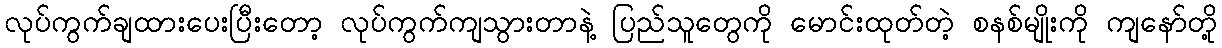
လုပ်ကွက်ချထားပေးပြီးတော့ လုပ်ကွက်ကျသွားတာနဲ့ ပြည်သူတွေကို မောင်းထုတ်တဲ့ စနစ်မျိုးကို ကျနော်တို့